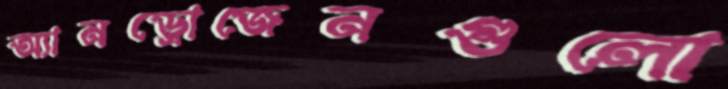
অ্যানড্রোজেনগুলো